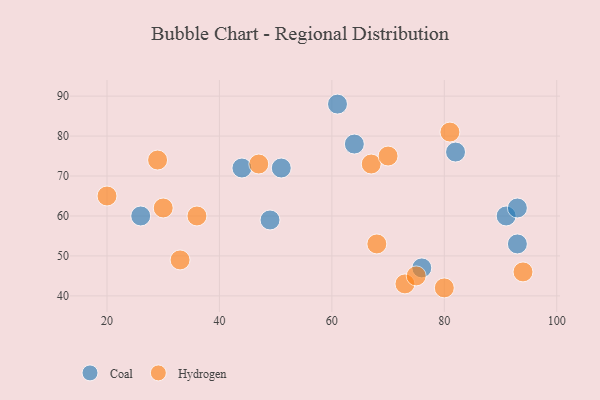
{"axis": {"x": "GDP", "y": "Life Expectancy"}, "legend": ["Coal", "Hydrogen"], "data": [{"x": "91", "y": 60, "type": "Coal"}, {"x": "51", "y": 72, "type": "Coal"}, {"x": "76", "y": 47, "type": "Coal"}, {"x": "93", "y": 53, "type": "Coal"}, {"x": "64", "y": 78, "type": "Coal"}, {"x": "93", "y": 62, "type": "Coal"}, {"x": "26", "y": 60, "type": "Coal"}, {"x": "61", "y": 88, "type": "Coal"}, {"x": "44", "y": 72, "type": "Coal"}, {"x": "82", "y": 76, "type": "Coal"}, {"x": "49", "y": 59, "type": "Coal"}, {"x": "81", "y": 81, "type": "Hydrogen"}, {"x": "73", "y": 43, "type": "Hydrogen"}, {"x": "36", "y": 60, "type": "Hydrogen"}, {"x": "30", "y": 62, "type": "Hydrogen"}, {"x": "94", "y": 46, "type": "Hydrogen"}, {"x": "80", "y": 42, "type": "Hydrogen"}, {"x": "29", "y": 74, "type": "Hydrogen"}, {"x": "20", "y": 65, "type": "Hydrogen"}, {"x": "68", "y": 53, "type": "Hydrogen"}, {"x": "33", "y": 49, "type": "Hydrogen"}, {"x": "75", "y": 45, "type": "Hydrogen"}, {"x": "47", "y": 73, "type": "Hydrogen"}, {"x": "67", "y": 73, "type": "Hydrogen"}, {"x": "70", "y": 75, "type": "Hydrogen"}]}